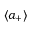
\ensuremath { \langle a _ { + } \rangle }